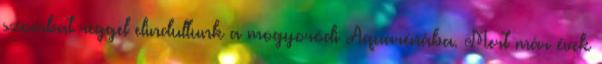
szombat reggel elindultunk a mogyoródi Aquarénába. Mert már évek